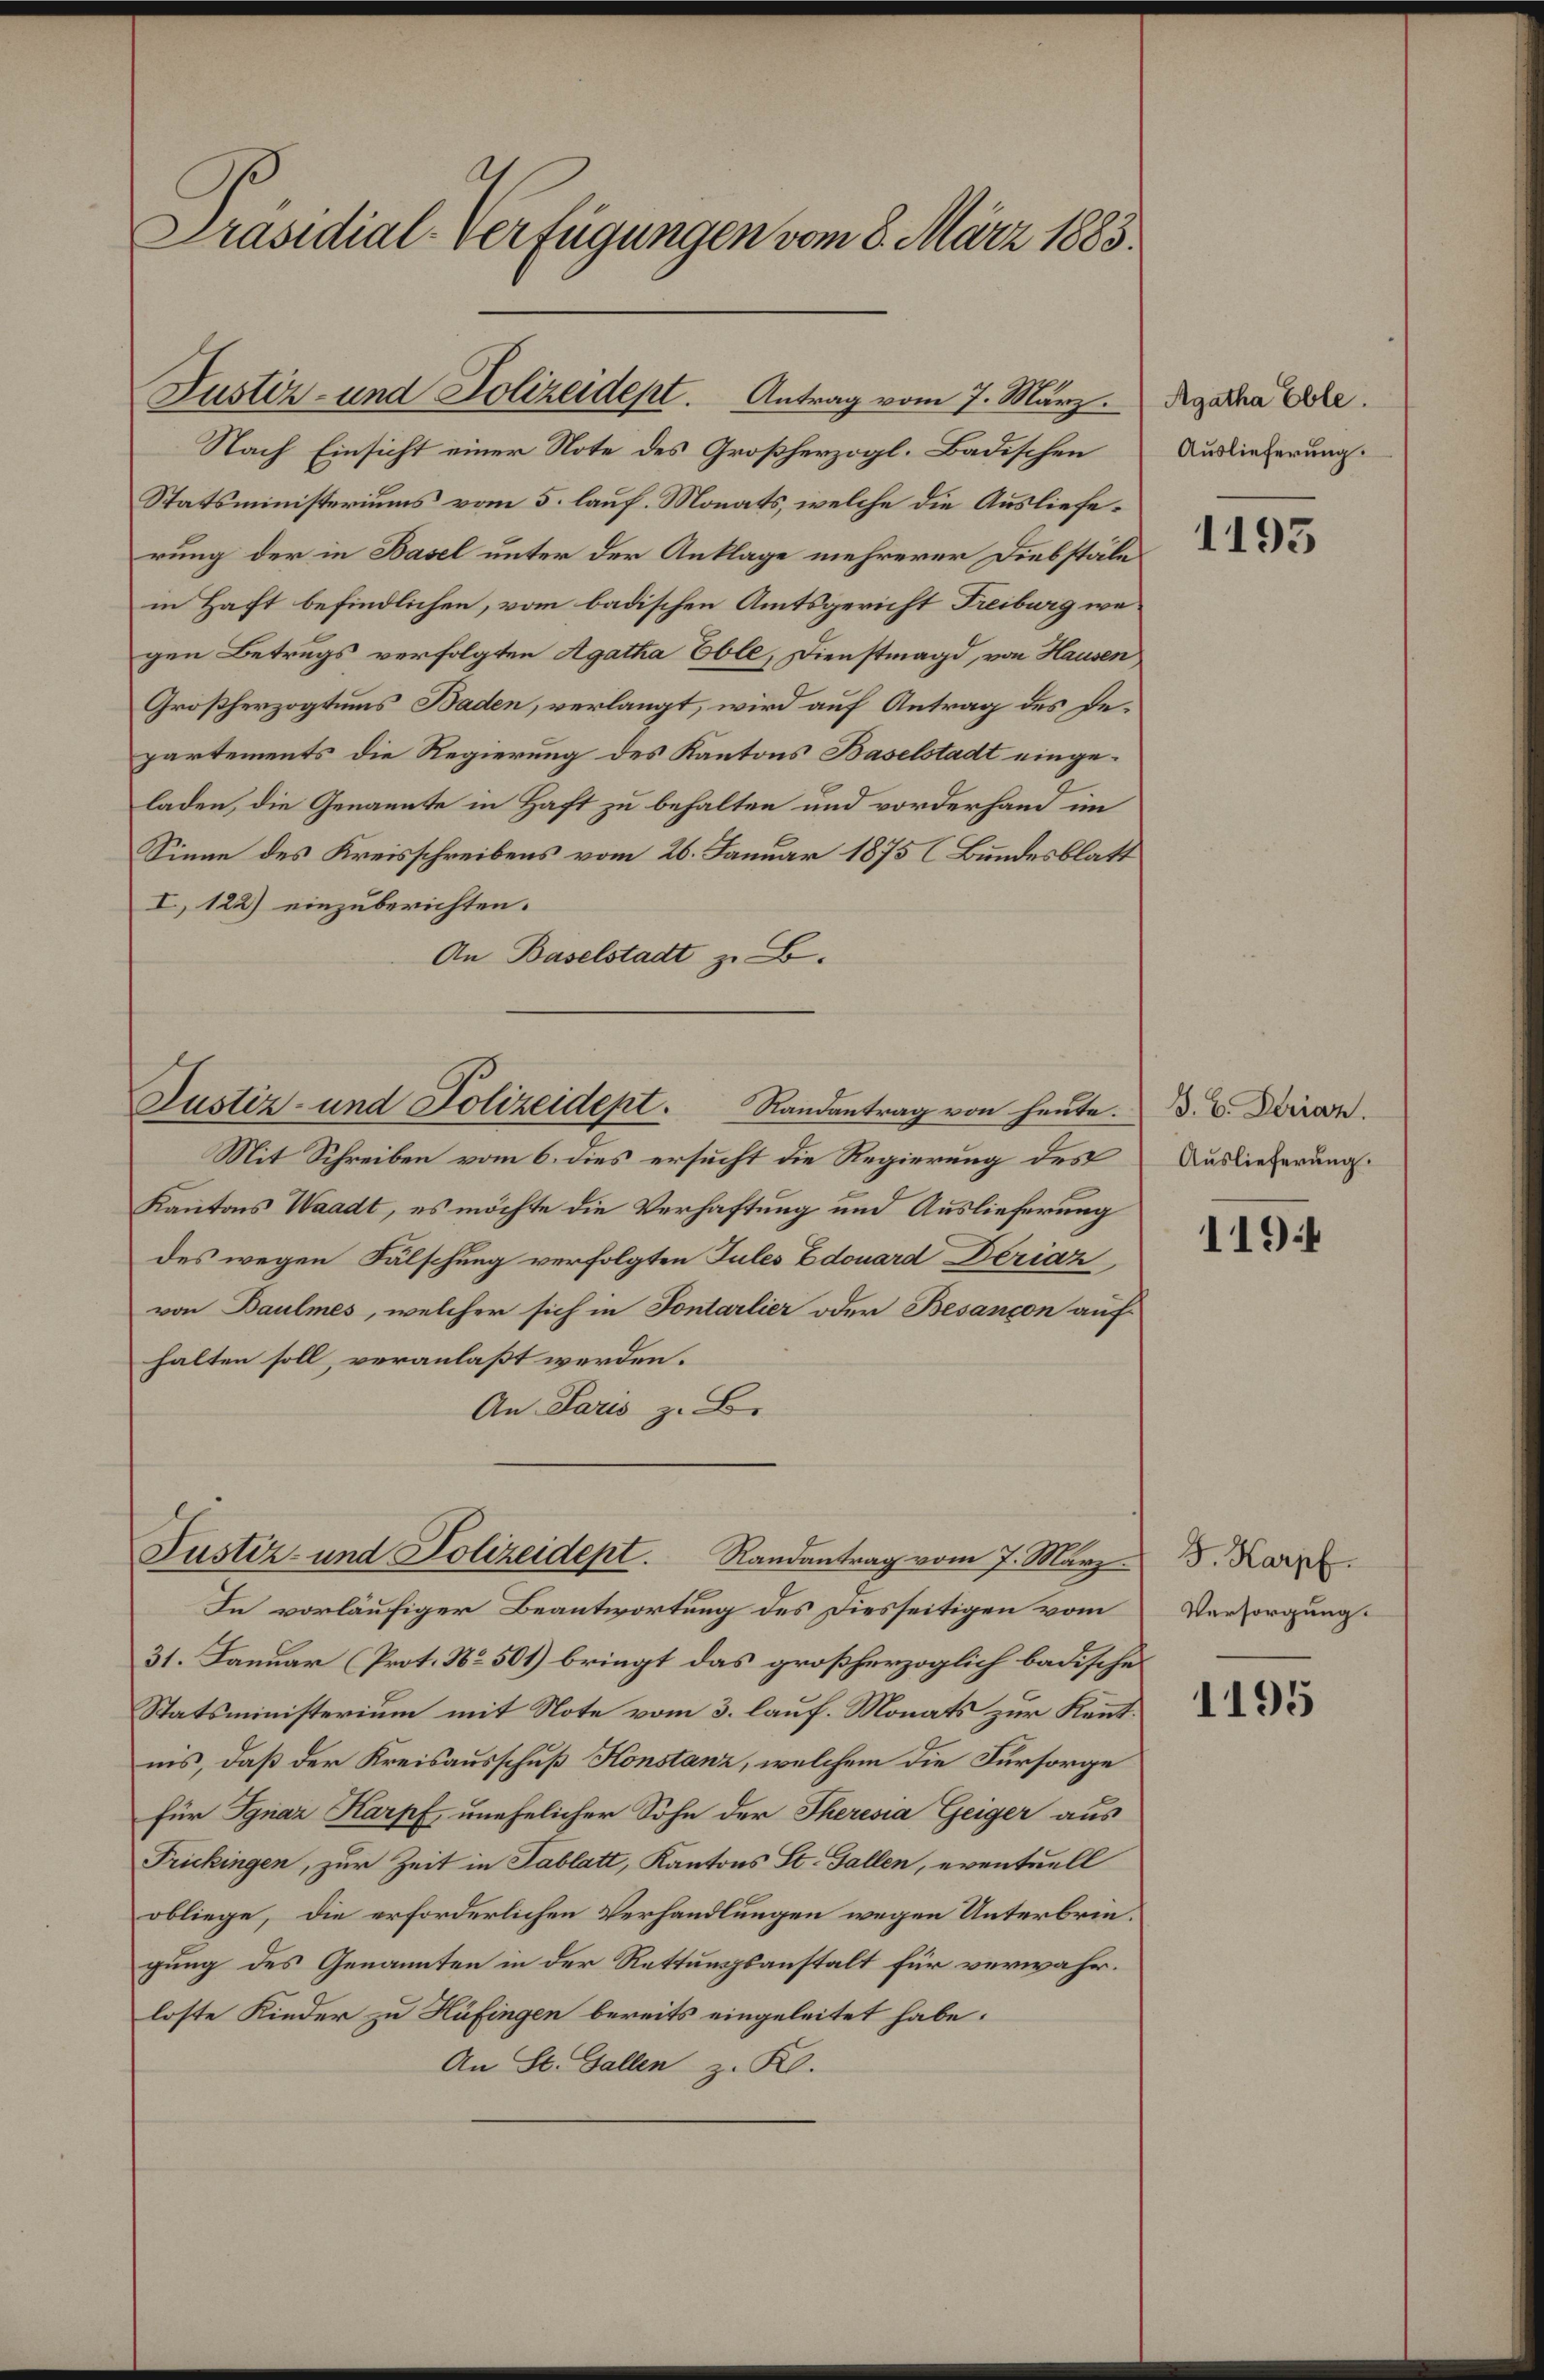
Präsidial-Verfügungen vom 8. März 1883.

Justiz- und Polizeident. Antrag vom 7. März digetha Ge

Nach Einsicht einer Note des Großherzogl. Badischen
Statsministeriums vom 5. lauf. Monats, welche die Auslieferung der in Basel unter der Anklage mehrerer Diebstälein Haft befindlichen, vom badischen Amtsgericht Freiburg wegen Betrugs verfolgten Agatha Eble, Dienstmagd, von Hausen
Großherzogtums Baden, verlangt, wird auf Antrag des Departements die Regierung des Kantons Baselstadt eingeladen, die Genannte in Haft zu behalten und vorderhand im
Sinne des Kreisschreibens vom 26. Januar 1875 (Bundesblatt
I 122) einzuberichten.
An Baselstadt z. B.
Mit Schreiben vom 6. dies ersucht die Regierung des
Kantons Waadt, es möchte die Verhaftung und Auslieferung
des wegen Fälschung verfolgten Tules Edouard Deriaz
von Baulmes, welcher sich in Fontarlier oder Besançon auf
halten soll, veranlaßt werden.
An Paris z. B.
Justiz- und Polizeidept. Randantrag vom 7. März
In vorläufiger Beantwortung des Diesseitigen vom
31. Januar (Prot. No. 501) bringt das großherzoglich badische
Statsministerium mit Note vom 3. lauf. Monats zur Kenntnis, daß der Kreisausschuß Konstanz, welchem die Fürsorge
für Ignaz Karpf unehelicher Sohn der Theresia Geiger aus
Frickingen, zur Zeit in Tablatt, Kantons St. Gallen, eventuell
obliege, die erforderlichen Verhandlungen wegen Unterbringung des Genannten in der Rettungsanstalt für verwahrloste Kinder zu Hüfingen bereits eingeleitet habe.
An St. Gallen z. R.

Justiz- und Polizeidept. Randantrag von heute.

Auslieferung.

1195

S. B. Deriaz.
Auslieferung.

1194

J. Karpf.
Versorgung.

1195